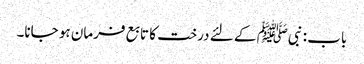
باب : نبیﷺ کے لئے درخت کا تابع فرمان ہو جانا۔